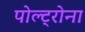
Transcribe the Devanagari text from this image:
पोल्ट्रोना